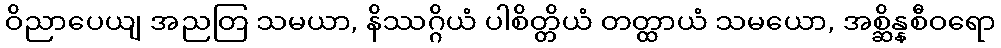
ဝိညာပေယျ အညတြ သမယာ, နိဿဂ္ဂိယံ ပါစိတ္တိယံ တတ္ထာယံ သမယော, အစ္ဆိန္နစီဝရော